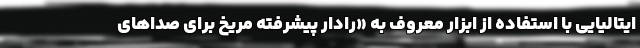
ایتالیایی با استفاده از ابزار معروف به «رادار پیشرفته مریخ برای صداهای